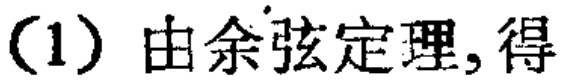
(1) 由余弦定理, 得